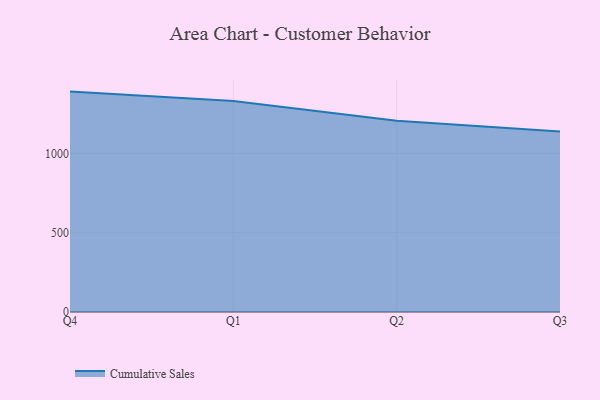
{"axis": {"x": "Quarter", "y": "Net Income (USD K)"}, "legend": ["Cumulative Sales"], "data": [{"x": "Q4", "y": 1389.5, "type": "Cumulative Sales"}, {"x": "Q1", "y": 1330.1, "type": "Cumulative Sales"}, {"x": "Q2", "y": 1205.1, "type": "Cumulative Sales"}, {"x": "Q3", "y": 1138.2, "type": "Cumulative Sales"}]}